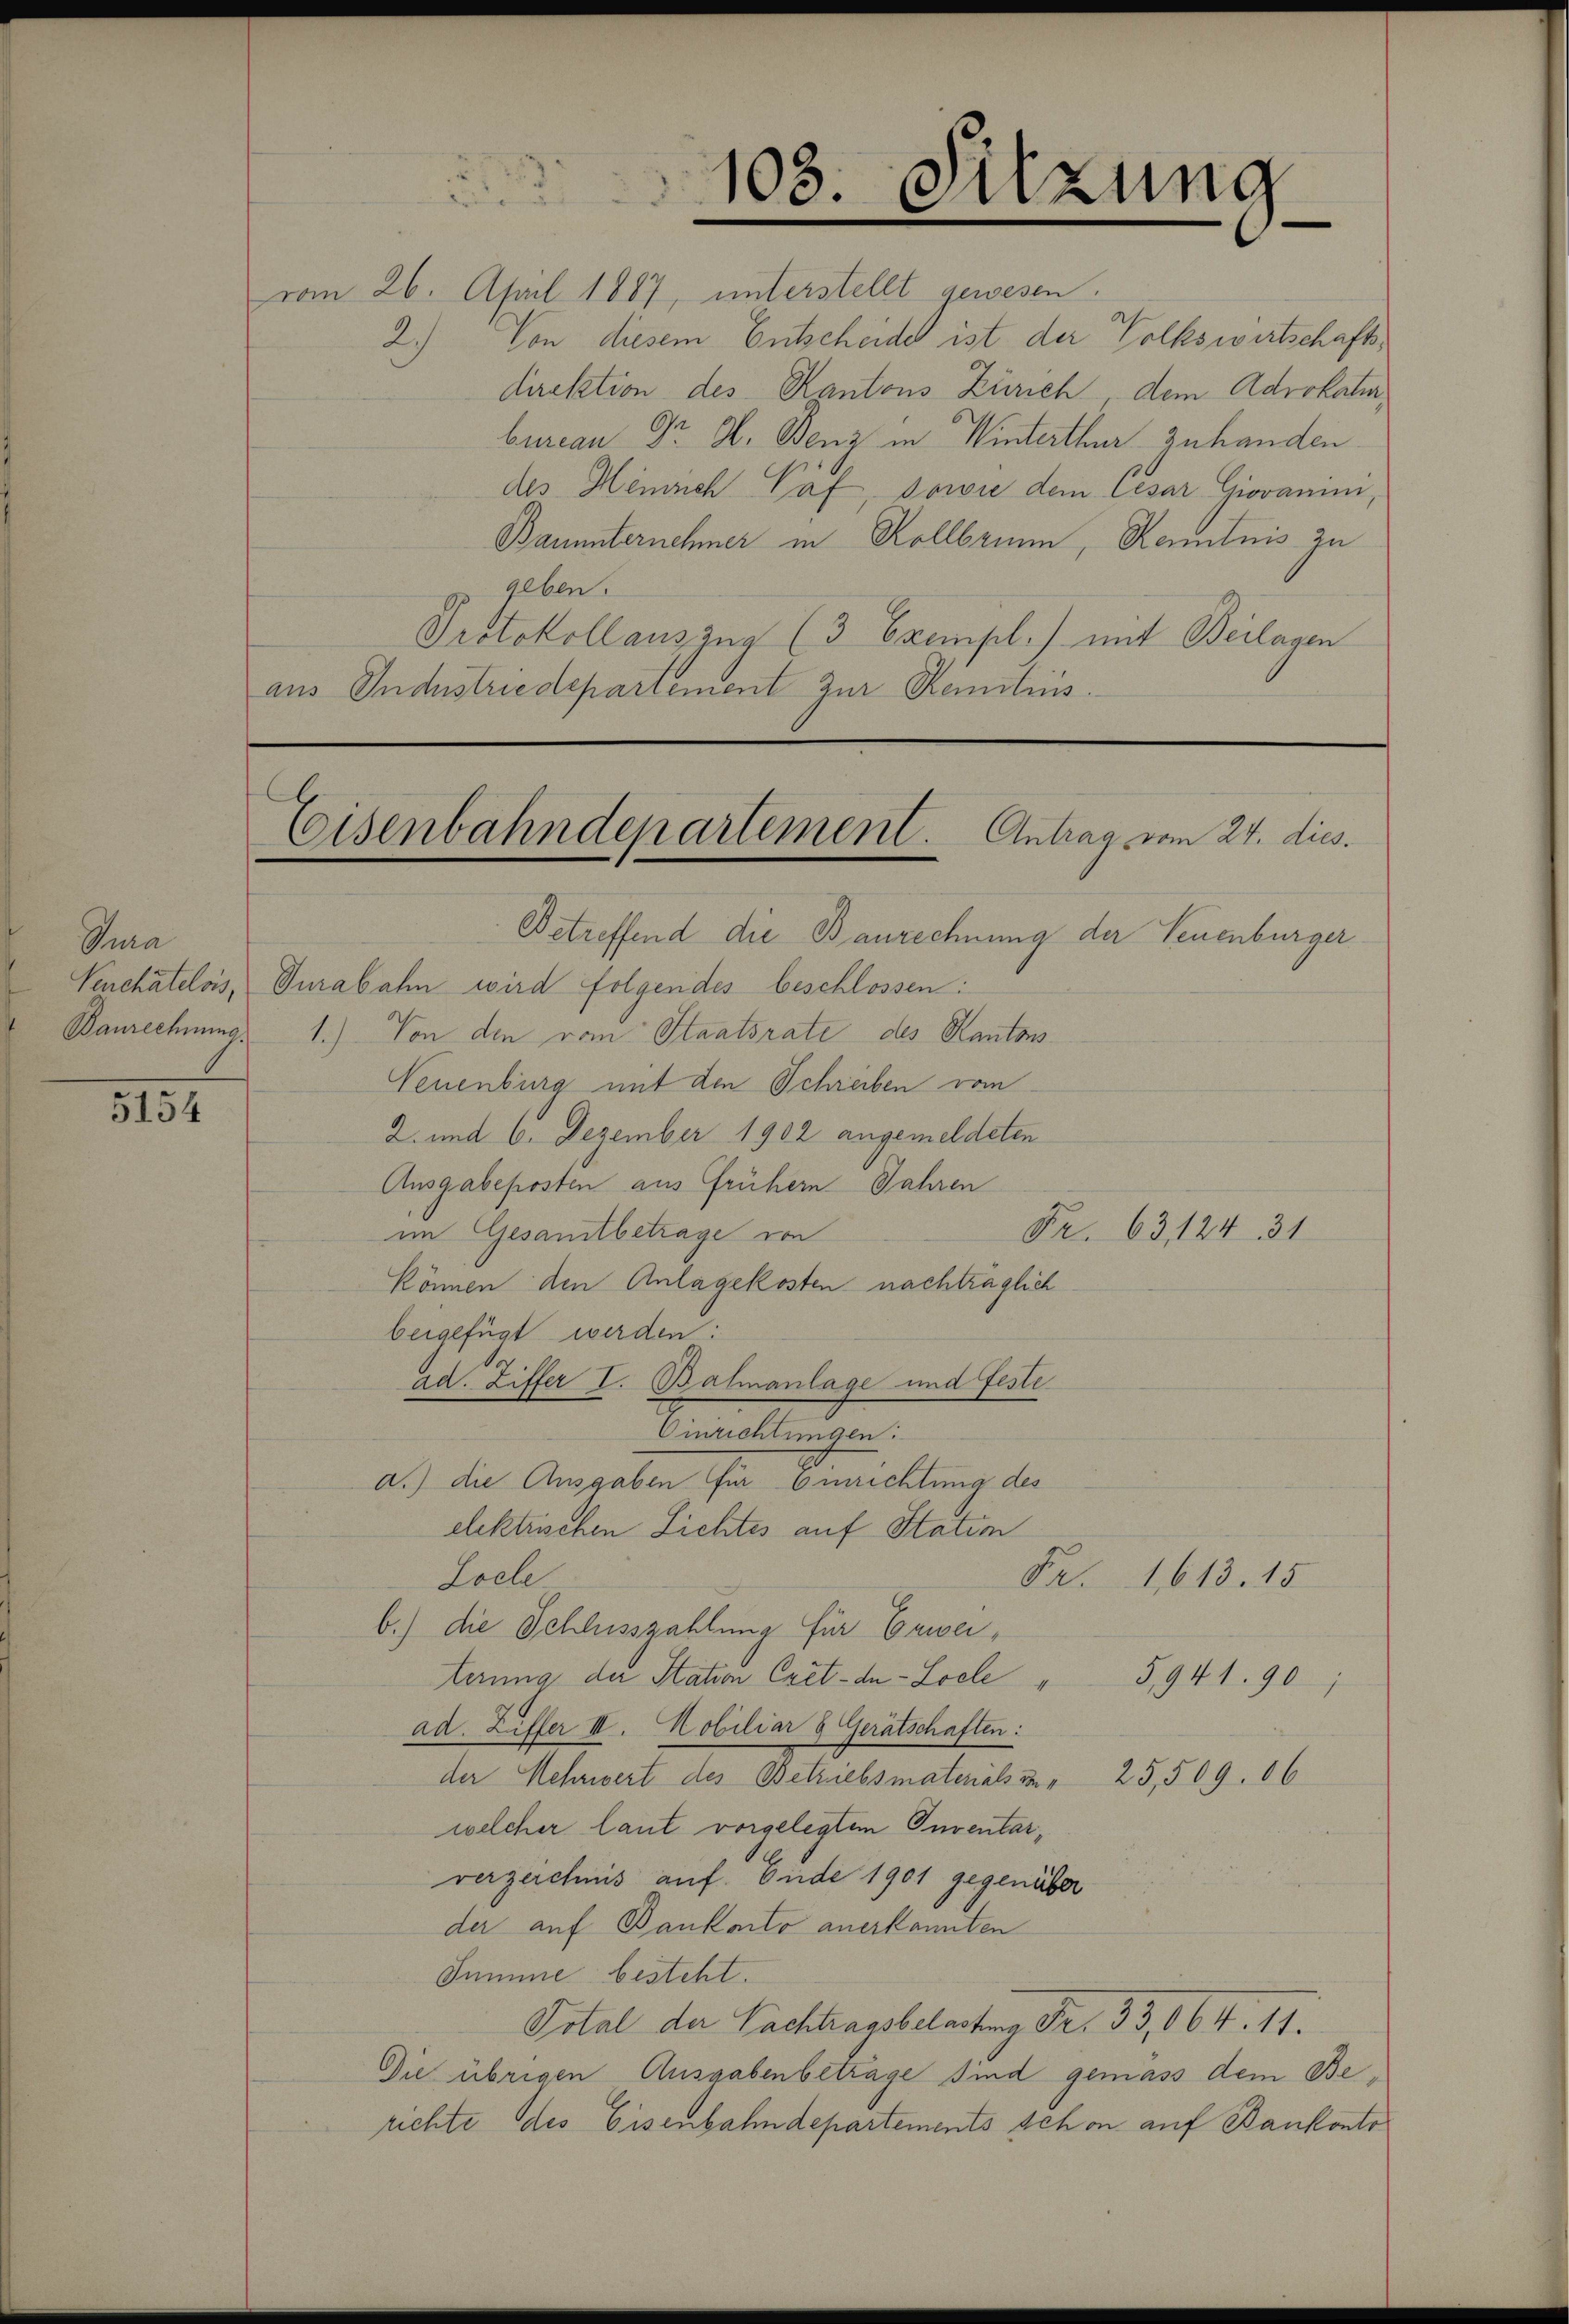
5154

Tura

103. Sitzung

Von diesem Entscheidel ist der Volkswirtschafts¬
2.)
direktion des Kantons Zürich, dem Advokaha
bureau Dr. H. Benz in Winterthur zu handen.
des Heinrich Paf, sowie dem Cesar Giovanini,
Bauunternehmer in Kollbrunn, Kenntnis zu
geben.
Protokollauszug (3 Exempl.) mit Beilagen
aus Industriedepartement zur Remitius.

Eisenbahndepartement. Antrag vom 27. dies.

vom 26. April 1887, unterstellt gewesen.

Betreffend die Baurechnung der Leuenburger
Venchâtelois, Surabahn wird folgendes beschlossen:
Baurechnung: 1.) Von den vom Staatsrate des Kantons
Neuenburg mit den Schreiben vom
2. und 6. Dezember 1902 angemeldeten
Ausgabeposten aus frühern Jahren
im Gesamtbetrage von
können den Anlagekosten nachträglich
bergefügt werden:
ad. Ziffer I. Balmanlage und feste
Einrichtungen:
d.) die Ausgaben für Einrichtung des
elektrischen Lichtes auf Station
Loche
Fr. 1613. 15
b.) die Schlusszahlung für Erwei¬
5,941. 90
terung der Station Crêt-de-Loele
ad. Ziffer III. Mobiliar & Gerätschaften:
der Mehrwert des Betriebsmaterials in 25,509. 06
welcher laut vorgelegtem Inventarverzeichnis auf Ende 1901 gegenüber
der auf Bankarto anerkannten
Summe besteht.
Votal der Nachtragsbelastung Fr. 33,064. 11.
Die übrigen Ausgabenbetrage sind gemass dem Berichte des Eisenbahndepartements schon auf Bankonto¬

Fr. 63, 124. 31